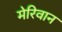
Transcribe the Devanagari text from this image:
मेरिवान